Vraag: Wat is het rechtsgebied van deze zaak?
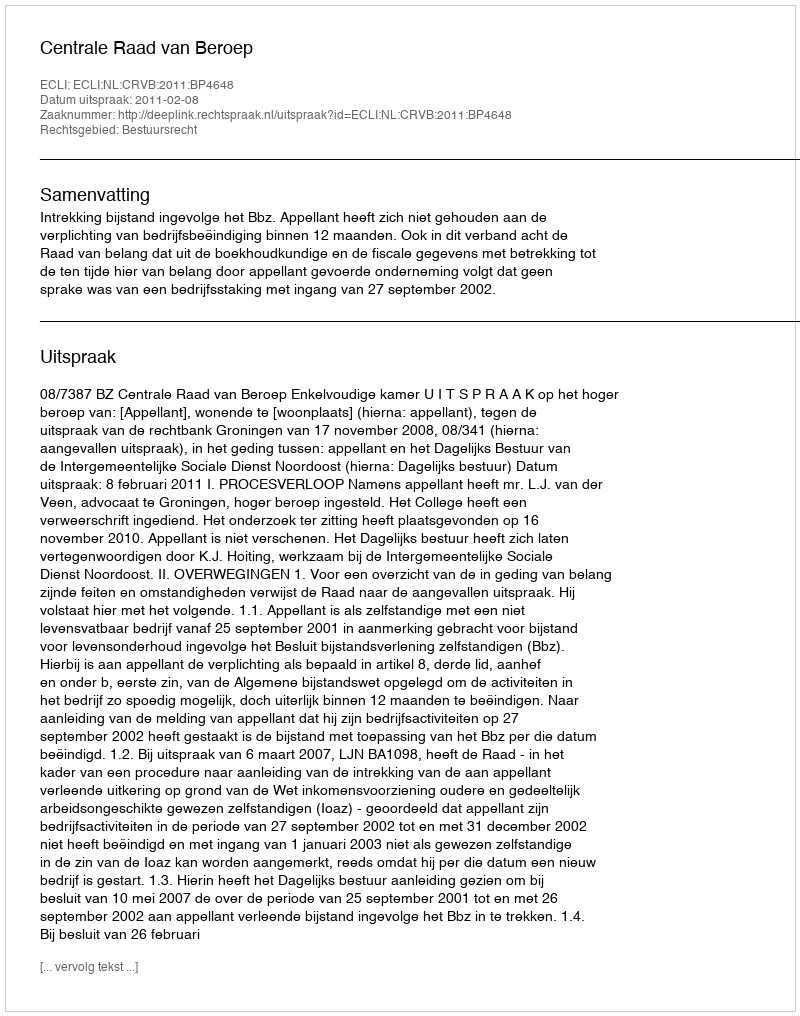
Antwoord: Bestuursrecht